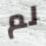
لم